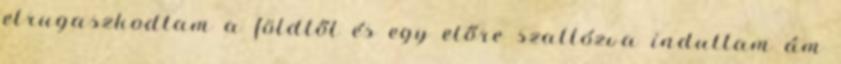
elrugaszkodtam a földtől és egy előre szaltózva indultam ám